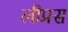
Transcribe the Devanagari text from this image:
लीप्रस